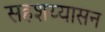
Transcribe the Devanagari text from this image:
सहशय्यासन